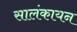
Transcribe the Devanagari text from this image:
सालंकायन